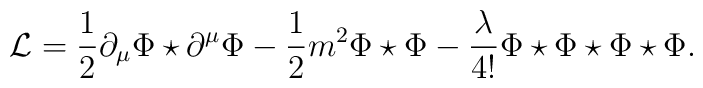
\mathcal{L} = \frac {1}{2} \partial_\mu \Phi\star\partial^\mu\Phi -\frac 12 m^2 \Phi\star\Phi - \frac \lambda{4!}\Phi\star\Phi\star\Phi\star\Phi.